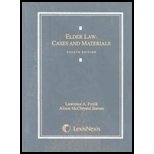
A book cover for Elder Law: Cases and Materials; Lawrence A. Frolik; Law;